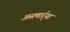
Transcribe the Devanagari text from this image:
असणार्र्या